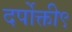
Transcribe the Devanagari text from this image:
दर्पोक्ती९